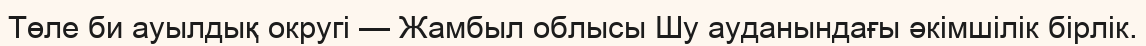
Төле би ауылдық округі — Жамбыл облысы Шу ауданындағы әкімшілік бірлік.